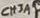
Text: CHIA